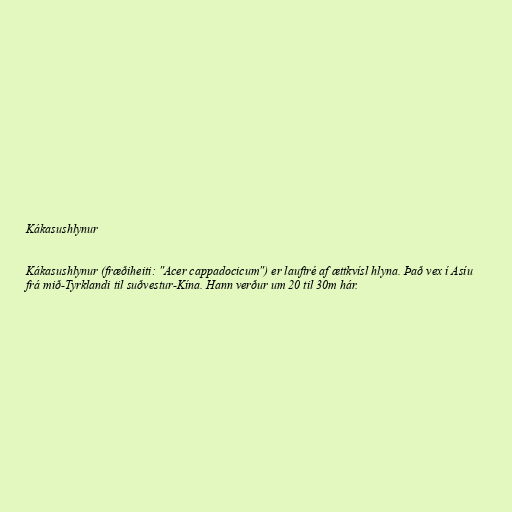
Kákasushlynur

Kákasushlynur (fræðiheiti: "Acer cappadocicum") er lauftré af ættkvísl hlyna. Það vex í Asíu
frá mið-Tyrklandi til suðvestur-Kína. Hann verður um 20 til 30m hár.